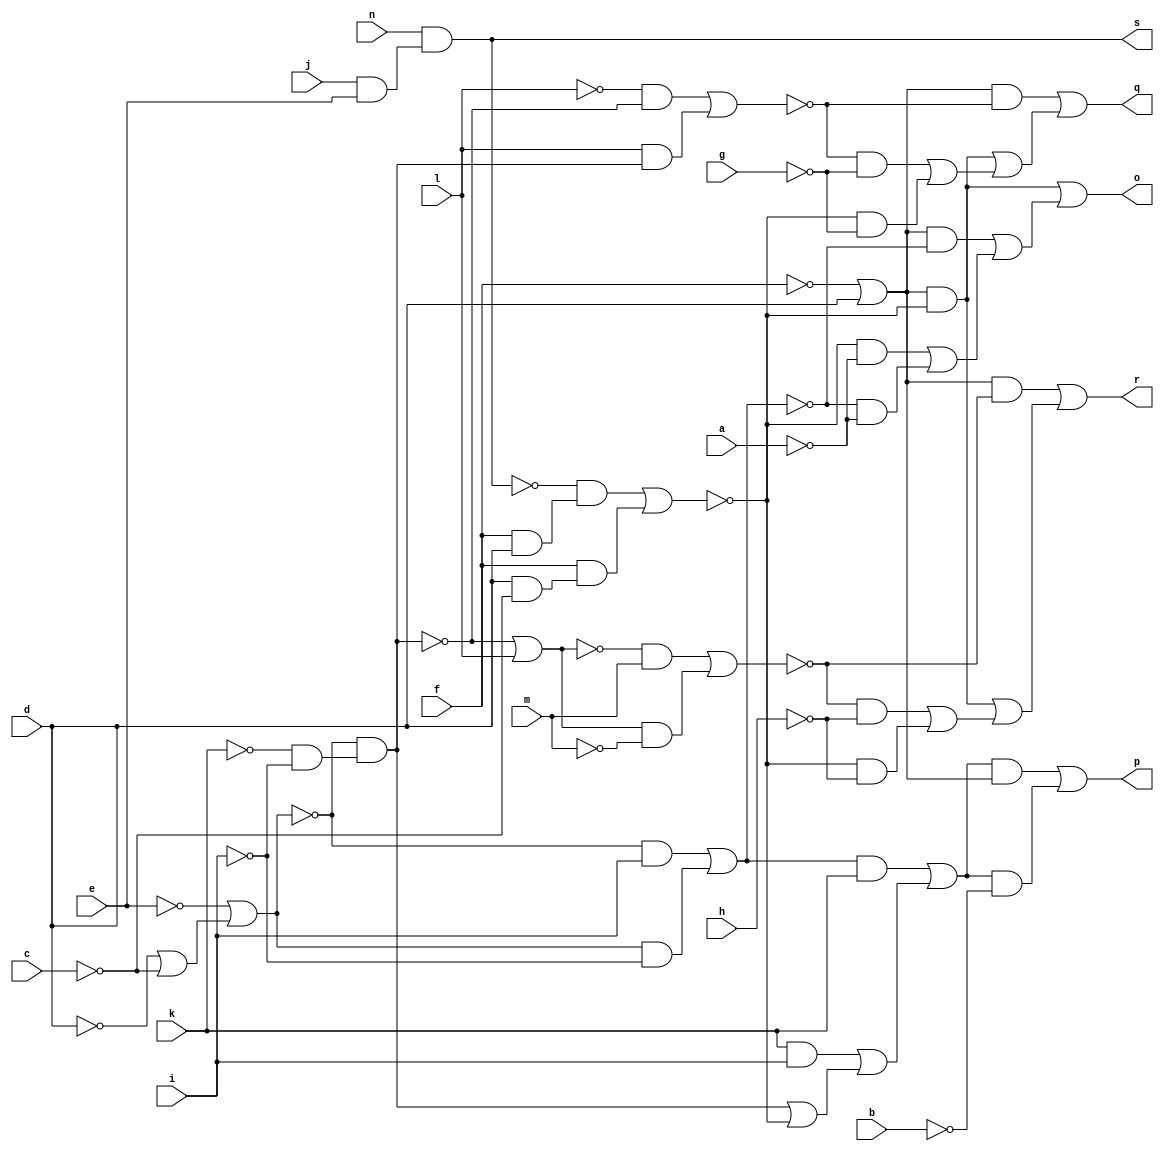
// IWLS benchmark module "CM162" printed on Wed May 29 16:31:28 2002
module CM162(a, b, c, d, e, f, g, h, i, j, k, l, m, n, o, p, q, r, s);
input
  a,
  b,
  c,
  d,
  e,
  f,
  g,
  h,
  i,
  j,
  k,
  l,
  m,
  n;
output
  o,
  p,
  q,
  r,
  s;
wire
  \[7] ,
  p0,
  e0,
  q0,
  f0,
  r0,
  \[0] ,
  \[11] ,
  \[1] ,
  \[2] ,
  \[13] ,
  \[3] ,
  \[4] ,
  \[5] ;
assign
  \[7]  = (e0 & k) | ((k & i) | (r0 | ~f0)),
  p0 = (~l & ~r0) | (l & r0),
  e0 = (~\[11]  & i) | (\[11]  & ~i),
  q0 = (~\[13]  & m) | (\[13]  & ~m),
  f0 = (~\[4]  & (f & d)) | (f & (d & ~c)),
  r0 = ~\[11]  & (~k & ~i),
  \[0]  = (\[5]  & ~f0) | ((\[5]  & ~e0) | ((~f0 & ~a) | (~e0 & ~a))),
  \[11]  = ~e | (~d | ~c),
  \[1]  = (\[7]  & \[5] ) | (\[7]  & ~b),
  o = \[0] ,
  p = \[1] ,
  q = \[2] ,
  r = \[3] ,
  s = \[4] ,
  \[2]  = (\[5]  & ~p0) | ((\[5]  & ~f0) | ((~p0 & ~g) | (~f0 & ~g))),
  \[13]  = ~r0 | l,
  \[3]  = (\[5]  & ~q0) | ((\[5]  & ~f0) | ((~q0 & ~h) | (~f0 & ~h))),
  \[4]  = n & (j & e),
  \[5]  = ~f | d;
endmodule